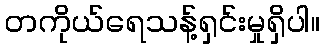
တကိုယ်ရေသန့်ရှင်းမှုရှိပါ။